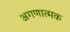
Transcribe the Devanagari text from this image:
अगणात्मक